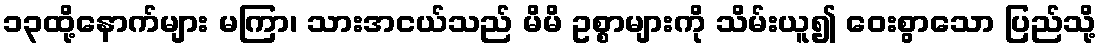
၁၃ထို့နောက်များ မကြာ၊ သားအငယ်သည် မိမိ ဥစ္စာများကို သိမ်းယူ၍ ဝေးစွာသော ပြည်သို့